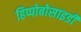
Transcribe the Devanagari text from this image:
हिप्पोबोसाइडी